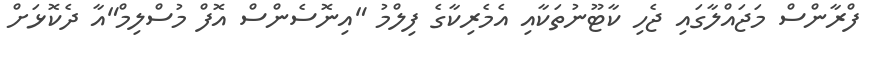
ފްރާންސް މަޖައްލާގައި ޖެހި ކާޓޫނުތަކާއި އެމެރިކާގެ ފިލްމު "އިނޮސެންސް އޮފް މުސްލިމް"އާ ދެކޮޅަށް